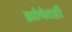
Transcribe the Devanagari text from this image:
झोपेतही